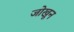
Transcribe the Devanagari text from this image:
जोखून